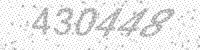
Solution: 430448